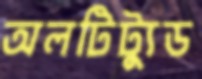
অলটিট্যুড